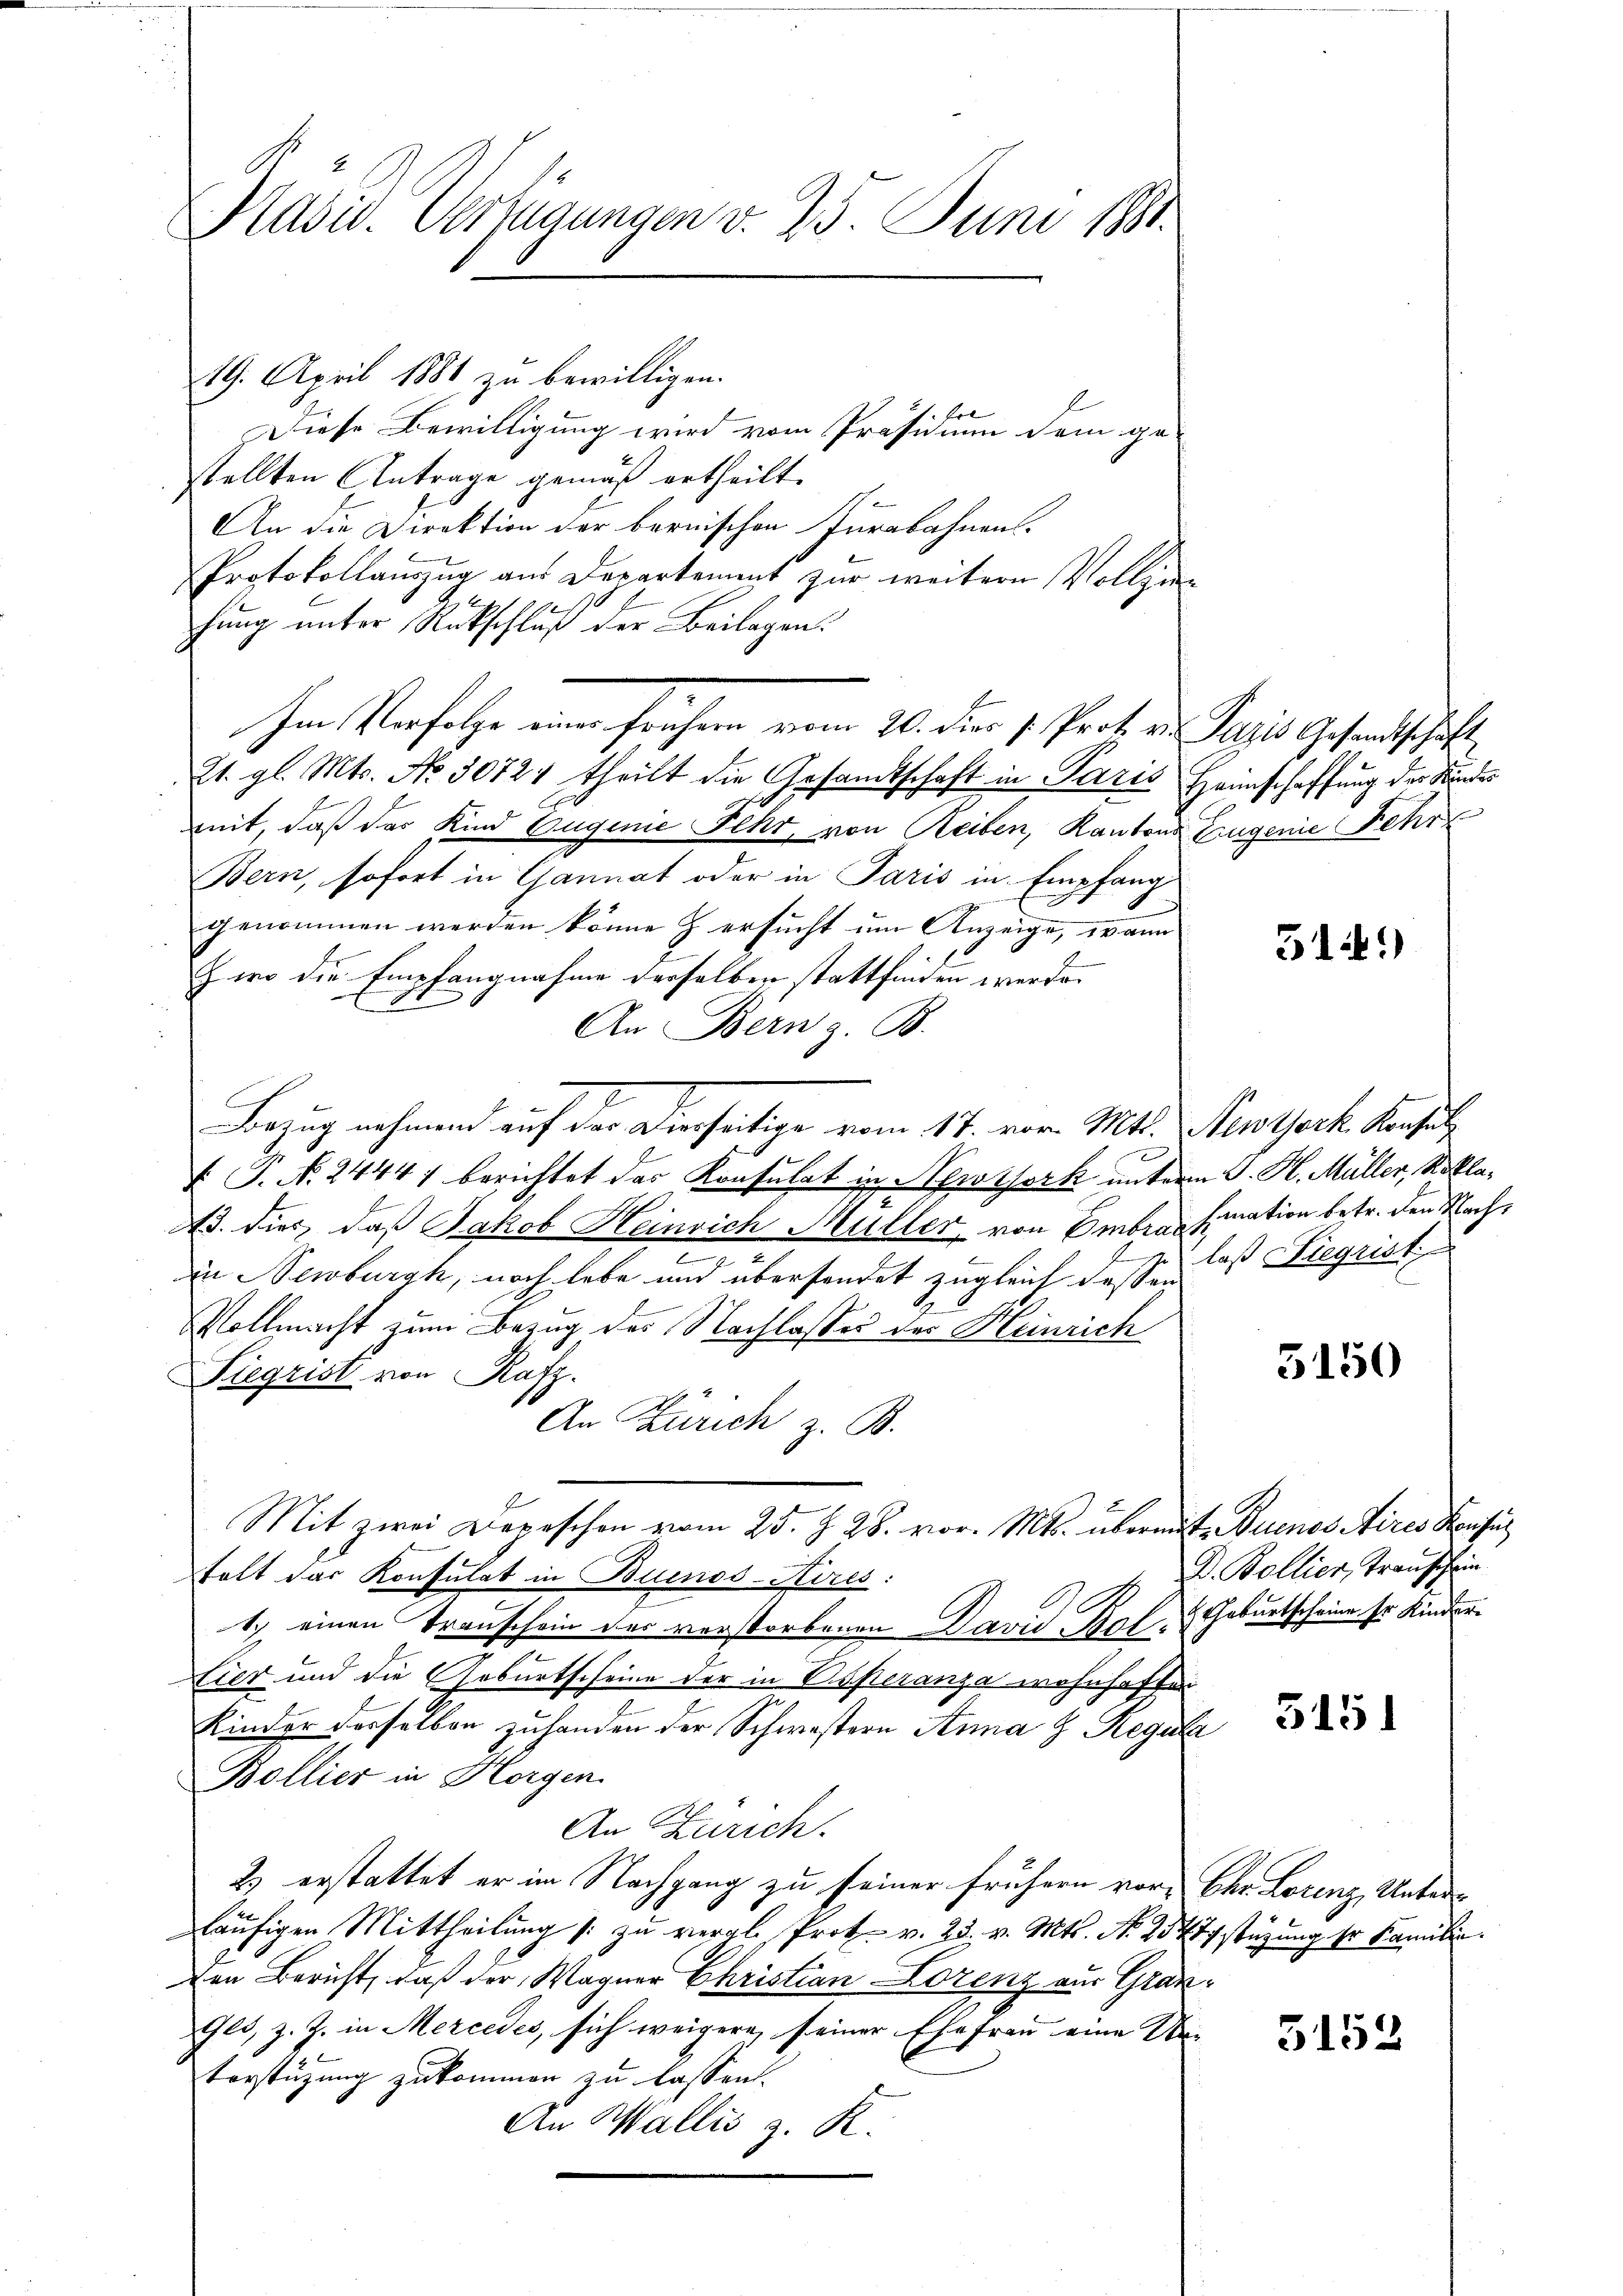
Präsid. Verfügungen v. 25. Juni 1881.

19. April 1881 zu bewilligen.
Diese Bewilligung wird vom Präsidium dem ge-
stellten Antrage gemäß ertheilt.
1
An die Direktion der bernischen Iurabahnen.
Protokollauszug aus Departement zur weitere Vollzi
hung unter Rückschluß der Beilagen.
Im Verfolge eines frühern vom 20. dies v. Prot. v. Paris Gesandtschaft
21. gl. Mts. No 30724 theilt die Gesamtschaft in Paris Heimschaffung der Kindes
mit, daß das Kind Eugenie Fehr, von Reiben, Kantons Eingenie Fehr
Bern, sofort in Gannat oder in Paris in Empfang
genommen werden könne & ersucht um Anzeige, wann
2
Zwo die Empfangnahme derselben stattfinden werde. |
An Bern z. B.
E
V. P. N. 2444) berichtet das Konsulat in Newsjork unterm J. H. Müller, Rekla¬
.
A. dies, daß Jakob Trainsich Müller, von Embra fination betr. den Nach¬
2
.
in Newburg, noch lebe und übersendet zugleich deßen
Vollmacht zum Bezug des Nachlasser der Heinrich
Siegrist von Rafz
An Zürich z. B.
Mit zwei Depeschon vom 25. J. 28. vor. Mts. übermit Buenos Aires Konfus
folt das Konsulat in Buenos-Aires:
1.) einen Trauschein der verstorbenen David Bal- Geburtscheine Er Kinder¬
Lier und die Geburtscheine der in Oesteranza wohnhaften
Kinder derselben zuhanden der Schwestern Anna H. Regula
Bollier in Horgen.
An Zürich.
2) erstattet er im Nachgang zu seiner frühern vor Chr. Lorenz, Unterläŭfigen Mittheilung /: zŭ vergl. Prot. v. 23. v. Mts. No 2547stüzung sr Familie.
den Bericht, daß der Wagner Christian Lorenz aus Gran¬
Ges, z. Z. in Mercedes, sich weigere seiner Ehefrau eine Wei
Vorstüzung zukommen zu lassen.
An Wallis z. R.

Bezug nehmen auf der Dierseitige vom 17. vor. Mtt. Stentork, Konsul

514.)

u laß Siegrist

5150

D. Bollier, Transchein

3151

5152